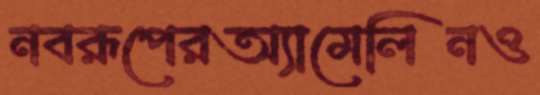
নবরূপেরঅ্যামেলিনও